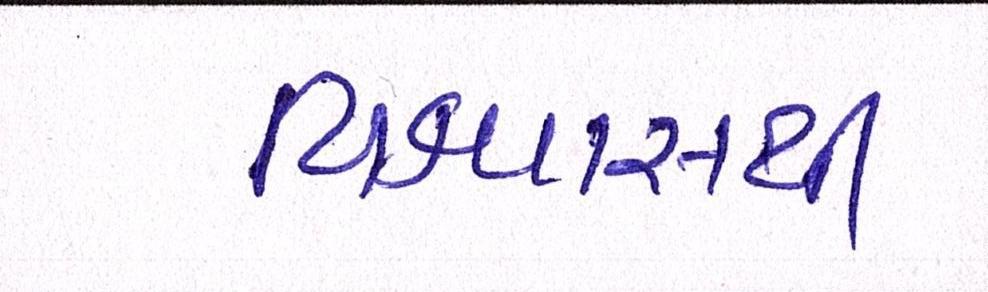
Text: વિશ્વાસથી